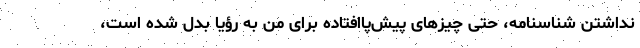
نداشتن شناسنامه، حتی چیزهای پیش‌پاافتاده برای من به رؤیا بدل شده است،